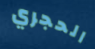
الحجري